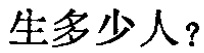
生多少人？